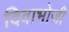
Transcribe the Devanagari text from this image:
दिवाभोजी